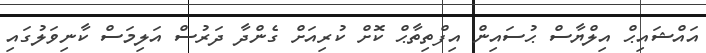
އައްޝައިޙް އިލްޔާސް ޙުސައިން އިފްތިތާޙް ކޮށް ކުރިއަށް ގެންދާ ދަރުސް އަލިމަސް ކާނިވަލުގައި